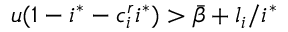
u ( 1 - i ^ { * } - c _ { i } ^ { r } i ^ { * } ) > \bar { \beta } + l _ { i } / { i ^ { * } }